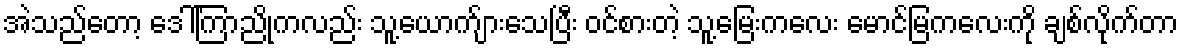
အဲသည်တော့ ဒေါ်ကြာညိုကလည်း သူ့ယောက်ျားသေပြီး ဝင်စားတဲ့ သူ့မြေးကလေး မောင်မြကလေးကို ချစ်လိုက်တာ